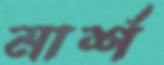
মার্শ